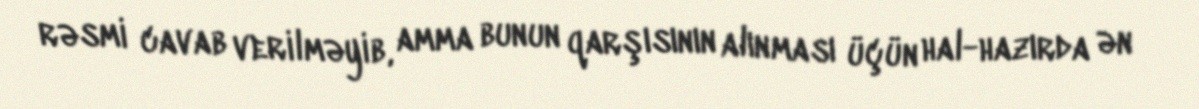
rəsmi cavab verilməyib, amma bunun qarşısının alınması üçün hal-hazırda ən